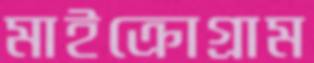
মাইক্রোগ্রাম